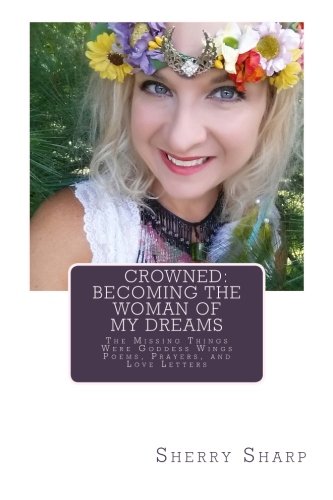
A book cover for Crowned: Becoming the Woman of my Dreams: The Missing Things Were Goddess Wings: Poems, Prayers, and Love Letters; Sherry Sharp; Literature & Fiction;